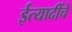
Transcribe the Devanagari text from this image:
ईत्यादींचे